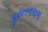
પૂરાતનકાળ